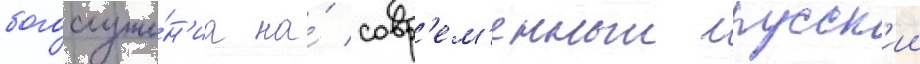
богослуже́н'иа на́ совр'ем'енныи русск'ии